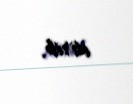
itirib.